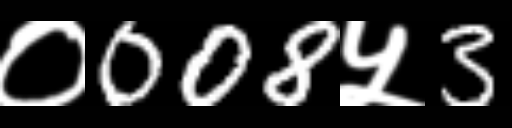
Text: ०008५3